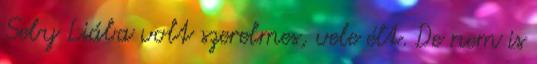
Seby Liába volt szerelmes, vele élt. De nem is